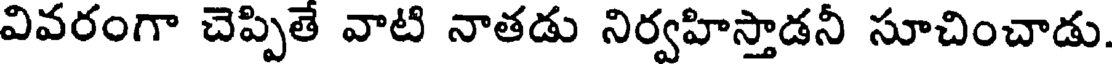
వివరంగా చెప్పితే వాటి నాతడు నిర్వహిస్తాడనీ సూచించాడు